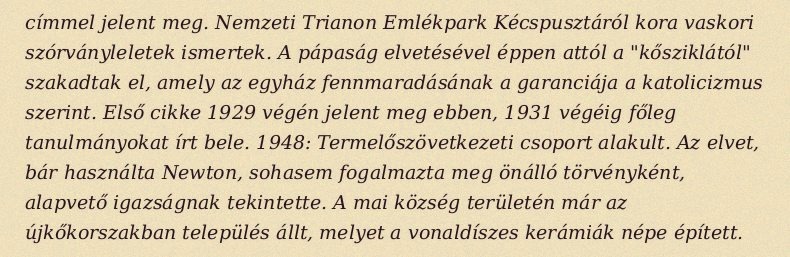
címmel jelent meg. Nemzeti Trianon Emlékpark Kécspusztáról kora vaskori szórványleletek ismertek. A pápaság elvetésével éppen attól a "kősziklától" szakadtak el, amely az egyház fennmaradásának a garanciája a katolicizmus szerint. Első cikke 1929 végén jelent meg ebben, 1931 végéig főleg tanulmányokat írt bele. 1948: Termelőszövetkezeti csoport alakult. Az elvet, bár használta Newton, sohasem fogalmazta meg önálló törvényként, alapvető igazságnak tekintette. A mai község területén már az újkőkorszakban település állt, melyet a vonaldíszes kerámiák népe épített.